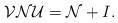
LaTeX: \begin{align*}\mathcal{VNU}=\mathcal{N}+I.\end{align*}